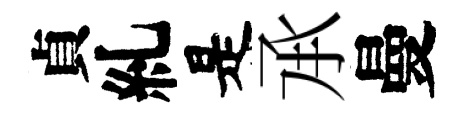
貞糺是𠄘曼